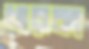
ধারকা